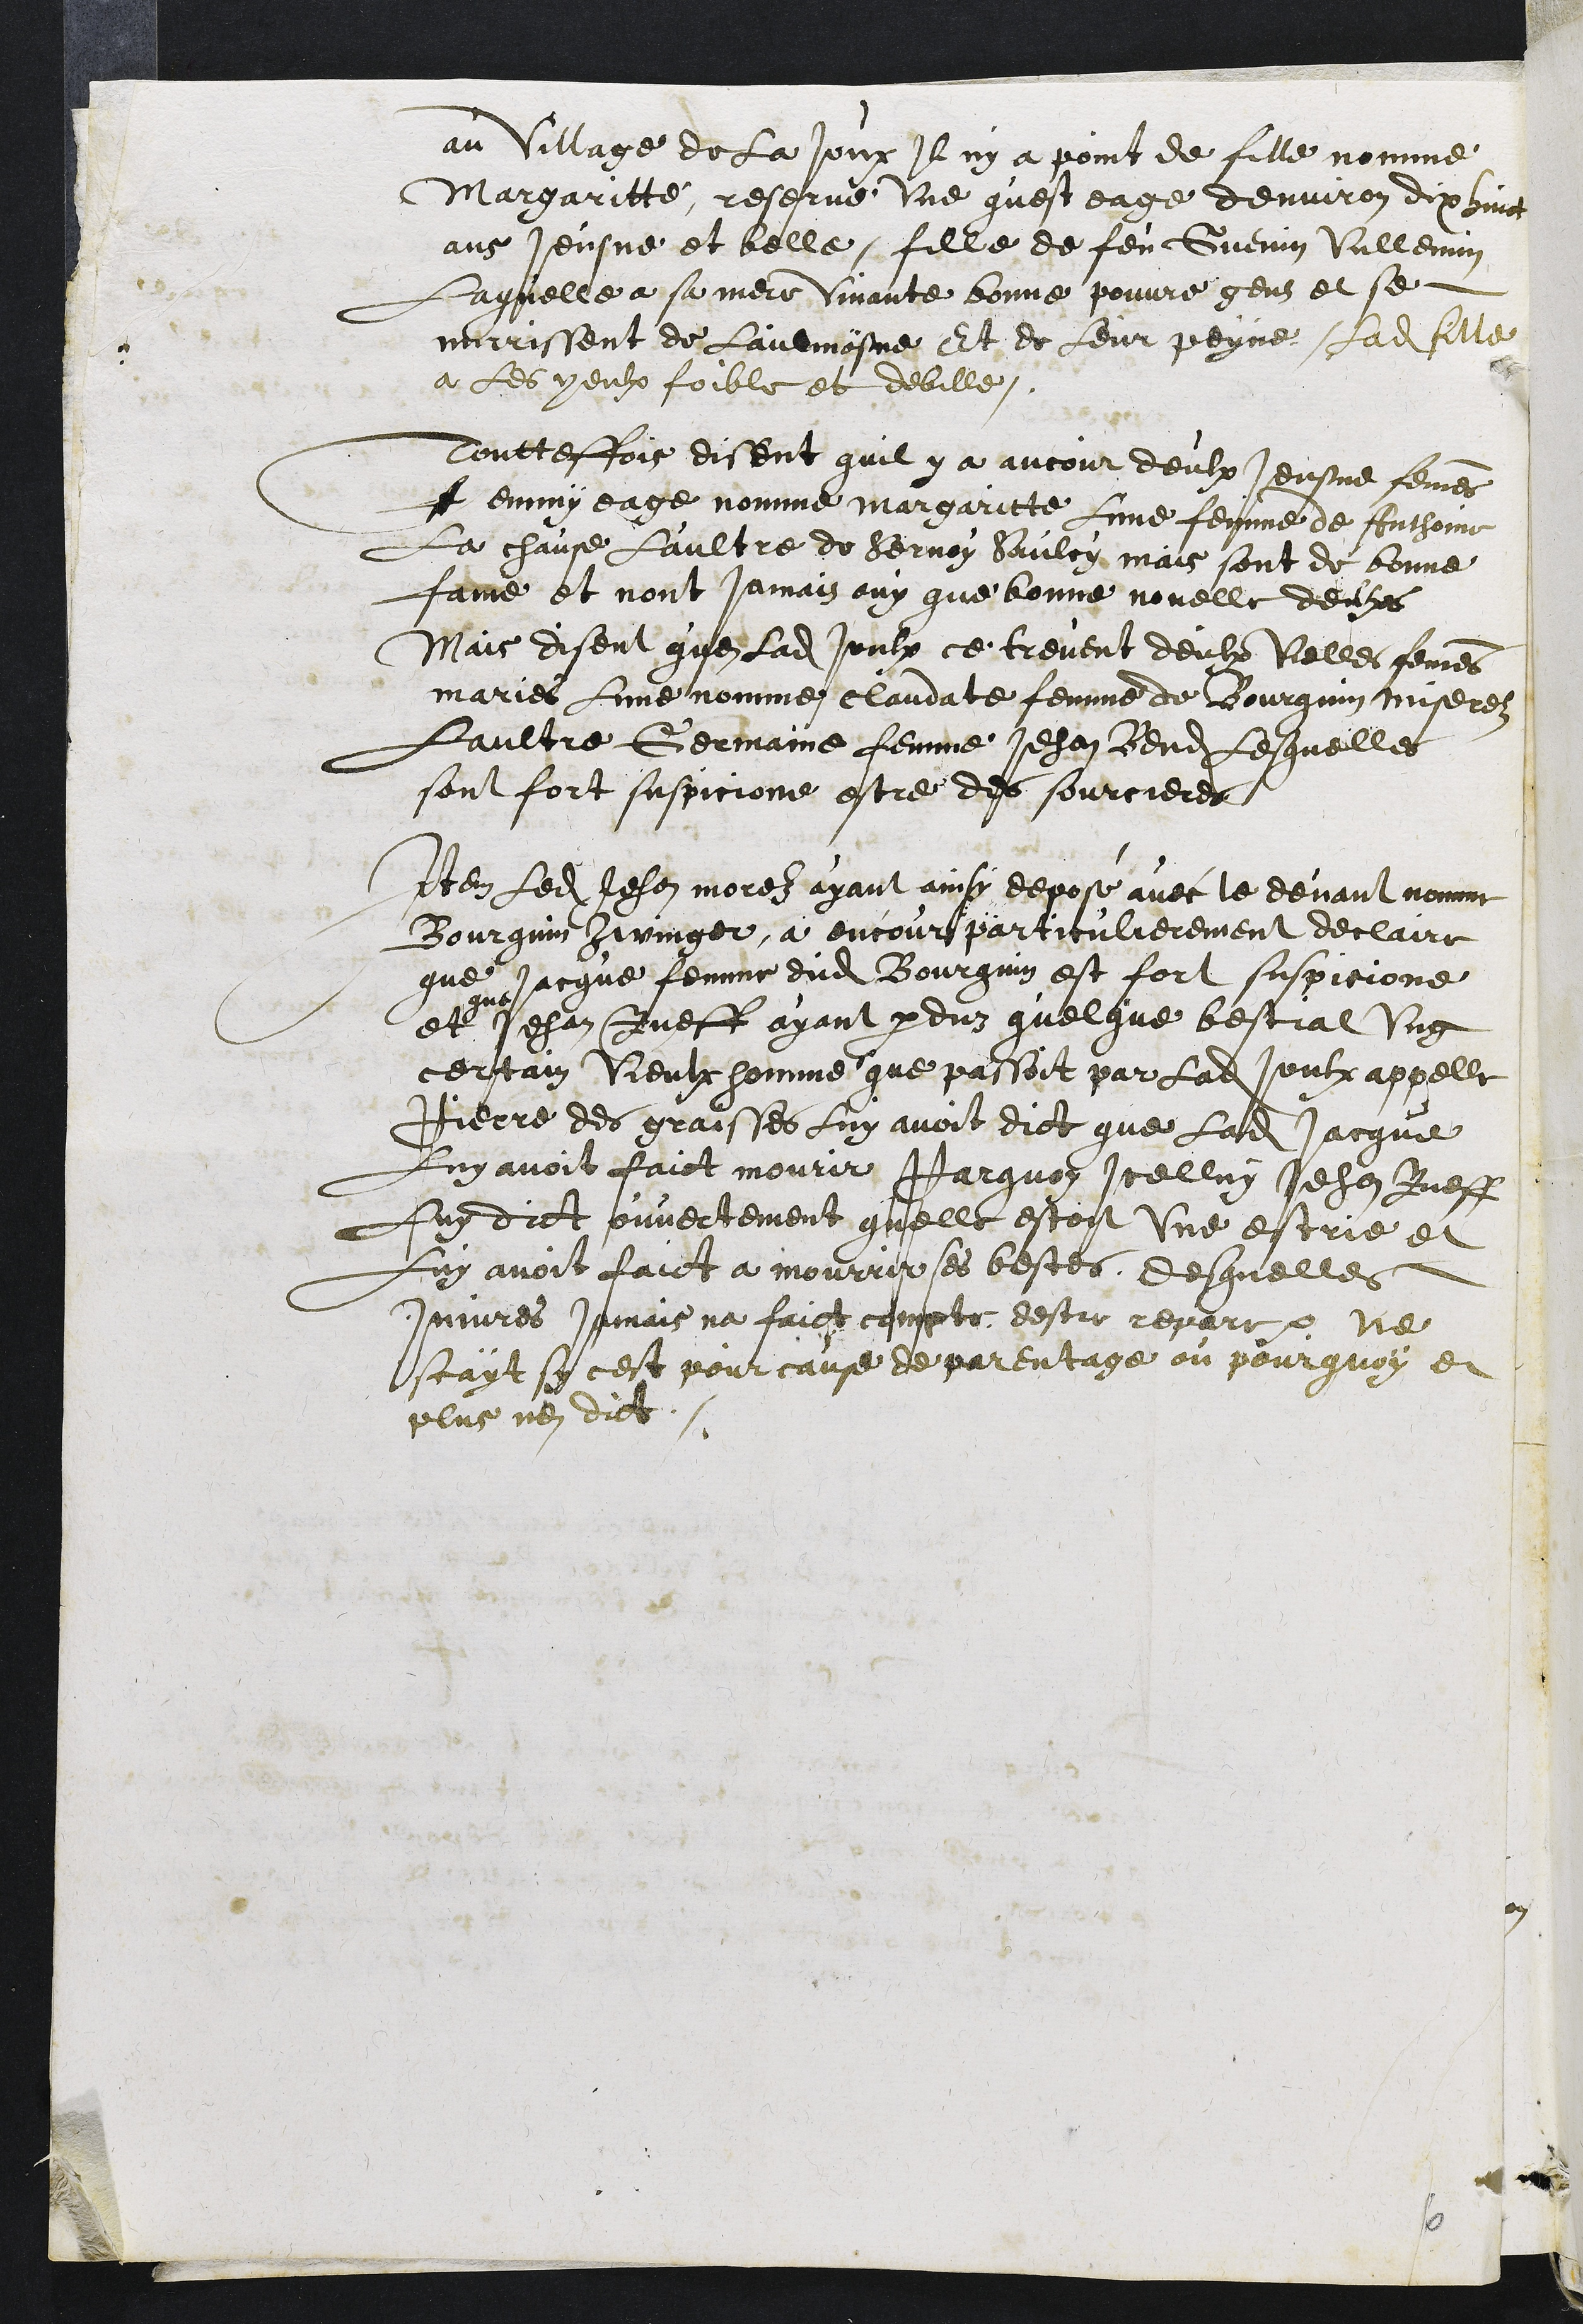
au village de La Joux Il ny a point de fille nommé
Margaritte, reservé une quest eage denviron dix huict
ans Jeusne et belle, fille de feu Guenin Vullemin
Laquelle a sa mere vivante bonne pouvre gens et se
nurrrissent de lauemosne Et de leur peyne, Ladite fille
a les yeulx foible et debille.
Toutteffois disent quil y a ancour deulx Jeusne femmes
f emmy eage nomme Margaritte lune femme de Anthoine
La chause Laultre de Servoy Saulcy mais sont de bonne
fame et nont jamais ouy que bonne novelle deulx
Mais dissent quen ladite Joulx ce trevent deulx vielles femmes
maries lune nomme Claudate femme de Bourquin miserelz
Laultre Germaine femme Jehan Bendit, Lesquelles
sont fort suspicionne estre des sourcieres
Item ledit Jehan Morelz ayant ainsy depose avec le devant nomme
Bourquin Zwinger, a encour particulierement declaire
que Jacque femme dudit Bourquin est fort suspicione
et
que
Jehan Rueff ayant perduz quelque bestial ung
certain vieulx homme que passoit par ladite Joulx appelle
Pierre des graisses luy avoit dict que ladite Jacque
luy avoit faict mourir Parquoy Icelluy Jehan Rueff
luy dict ouvertement quelle estoit une estrie et
Luy avoit faict a mourrir ses bestes, desquelles
Injures jamais na faict compte destre repare. Ne
scayt sy cest pour cause de parentage ou pourquoy et
plus nen dit.

6